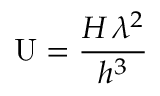
\mathrm { U } = { \frac { H \, \lambda ^ { 2 } } { h ^ { 3 } } }